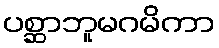
ပစ္ဆာဘူမဂမိကာ